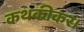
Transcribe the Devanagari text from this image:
कथकीकर।